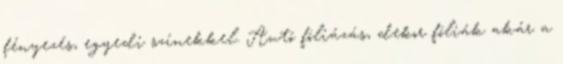
fényezés, egyedi színekkel. Autó fóliázás, dekor fóliák akár a